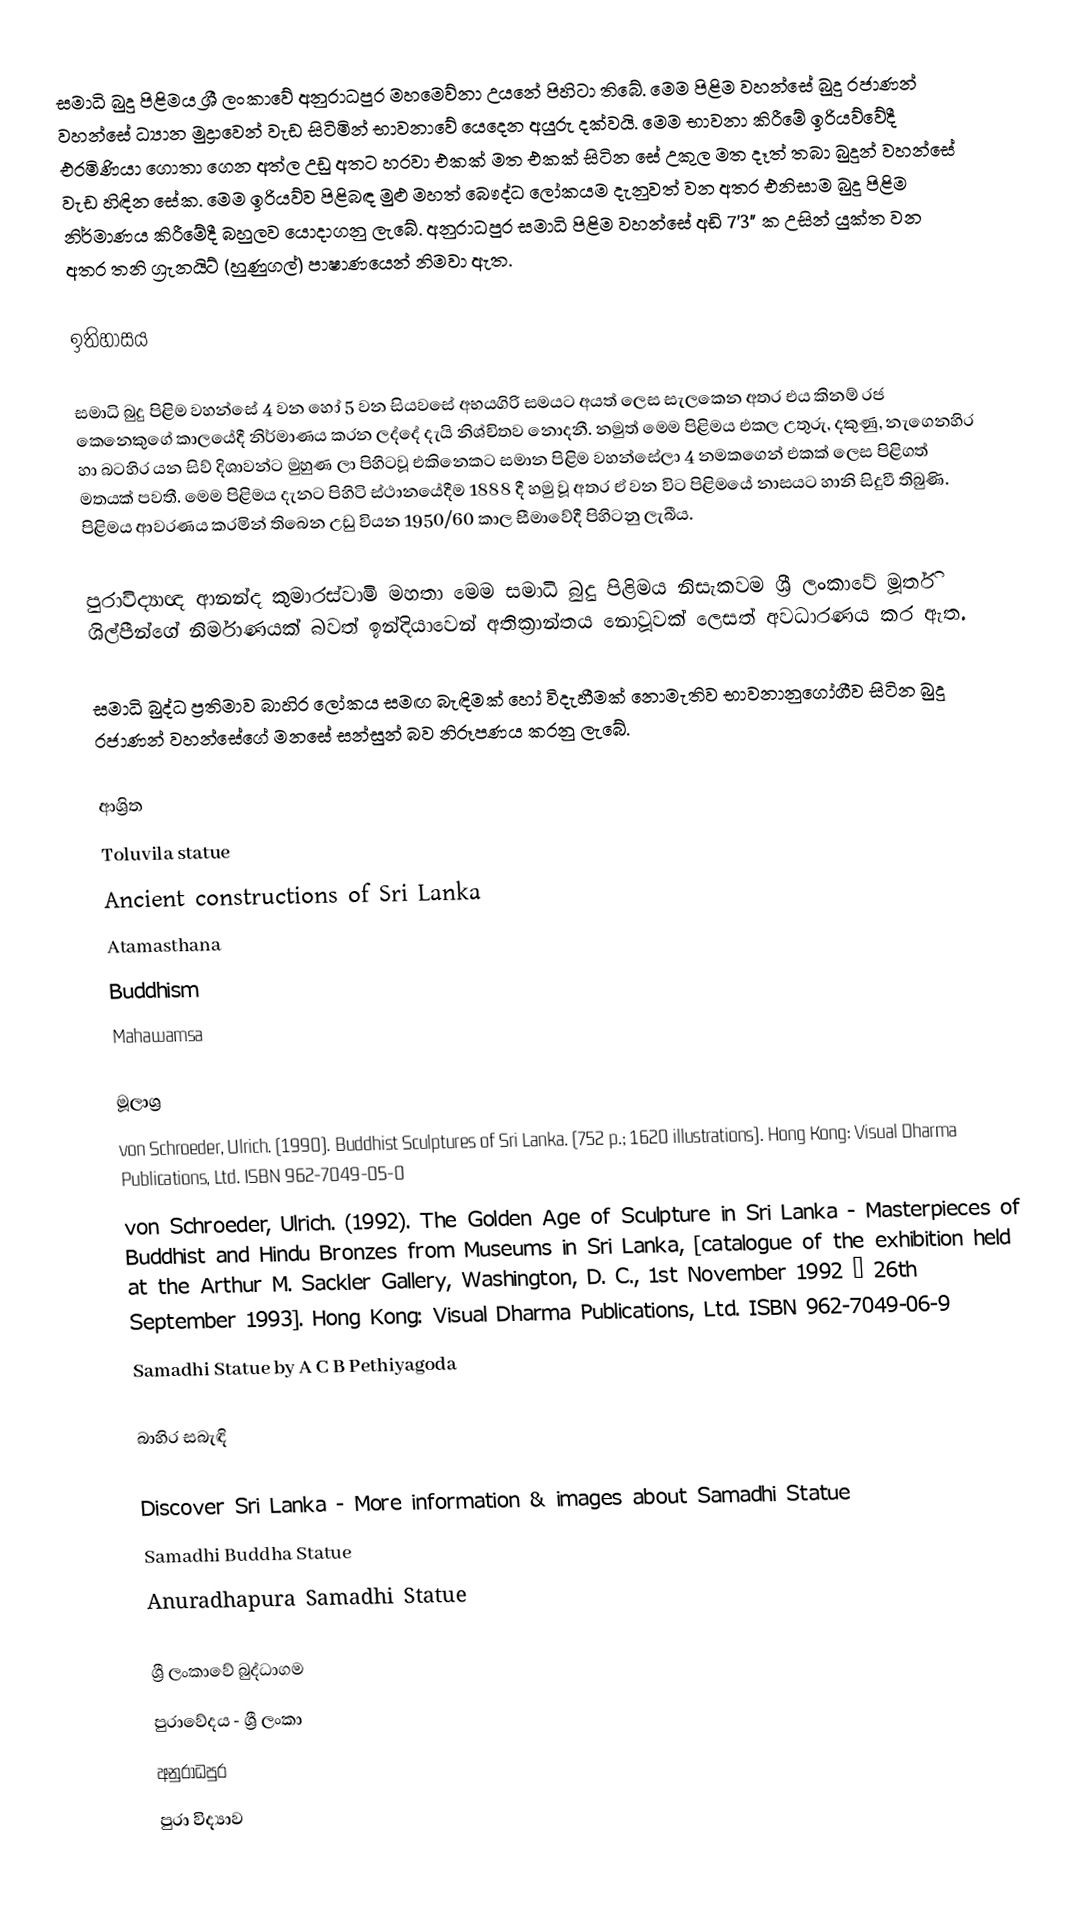
සමාධි බුදු පිළිමය ශ්‍රී ලංකාවේ අනුරාධපුර මහමෙව්නා උයනේ පිහිටා තිබේ. මෙම පිළිම වහන්සේ බුදු රජාණන් වහන්සේ ධ්‍යාන මුද්‍රාවෙන් වැඩ සිටිමින් භාවනාවේ යෙදෙන අයුරු දක්වයි. මෙම භාවනා කිරීමේ ඉරියව්වේදී එරමිණියා ගොතා ගෙන අත්ල උඩු අතට හරවා එකක් මත එකක් සිටින සේ උකුල මත දෑත් තබා බුදුන් වහන්සේ වැඩ හිඳින සේක. මෙම ඉරියව්ව පිළිබඳ මුළු මහත් බෞද්ධ ලෝකයම දැනුවත් වන අතර එනිසාම බුදු පිළිම නිර්මාණය කිරීමේදී බහුලව යොදාගනු ලැබේ. අනුරාධපුර සමාධි පිළිම වහන්සේ අඩි 7'3" ක උසින් යුක්ත වන අතර තනි ග්‍රැනයිට් (හුණුගල්) පාෂාණයෙන් නිමවා ඇත.

ඉතිහාසය

සමාධි බුදු පිළිම වහන්සේ 4 වන හෝ 5 වන සියවසේ අභයගිරි සමයට අයත් ලෙස සැලකෙන අතර එය කිනම් රජ කෙනෙකුගේ කාලයේදී නිර්මාණය කරන ලද්දේ දැයි නිශ්චිතව නොදනී. නමුත් මෙම පිළිමය එකල උතුරු, දකුණු, නැගෙනහිර හා බටහිර යන සිව් දිශාවන්ට මුහුණ ලා පිහිටවූ එකිනෙකට සමාන පිළිම වහන්සේලා 4 නමකගෙන් එකක් ලෙස පිළිගත් මතයක් පවතී. මෙම පිළිමය දැනට පිහිටි ස්ථානයේදීම 1888 දී හමු වූ අතර ඒ වන විට පිළිමයේ නාසයට හානි සිදුවී තිබුණි. පිළිමය ආවරණය කරමින් තිබෙන උඩු වියන 1950/60 කාල සීමාවේදී පිහිටනු ලැබීය.

පුරාවිද්‍යාඥ ආනන්ද කුමාරස්වාමි මහතා මෙම සමාධි බුදු පිළිමය නිසැකවම ශ්‍රී ලංකාවේ මූර්ති ශිල්පීන්ගේ නිර්මාණයක් බවත් ඉන්දියාවෙන් අතික්‍රාන්තය නොවූවක් ලෙසත් අවධාරණය කර ඇත.

සමාධි බුද්ධ ප්‍රතිමාව බාහිර ලෝකය සමඟ බැඳිමක් හෝ විදැහීමක් නොමැතිව භාවනානුගෝගීව සිටින බුදු රජාණන් වහන්සේගේ මනසේ සන්සුන් බව නිරූපණය කරනු ලැබේ.

ආශ්‍රිත
 Toluvila statue
 Ancient constructions of Sri Lanka
 Atamasthana
 Buddhism
 Mahawamsa

මූලාශ්‍ර
von Schroeder, Ulrich. (1990). Buddhist Sculptures of Sri Lanka. (752 p.; 1620 illustrations). Hong Kong: Visual Dharma Publications, Ltd. ISBN 962-7049-05-0
von Schroeder, Ulrich. (1992). The Golden Age of Sculpture in Sri Lanka - Masterpieces of Buddhist and Hindu Bronzes from Museums in Sri Lanka, [catalogue of the exhibition held at the Arthur M. Sackler Gallery, Washington, D. C., 1st November 1992 – 26th September 1993]. Hong Kong: Visual Dharma Publications, Ltd. ISBN 962-7049-06-9
 Samadhi Statue by A C B Pethiyagoda

බාහිර සබැඳි

Discover Sri Lanka - More information & images about Samadhi Statue
Samadhi Buddha Statue
 Anuradhapura Samadhi Statue

ශ්‍රී ලංකාවේ බුද්ධාගම
පුරාවේදය - ශ්‍රී ලංකා
අනුරාධපුර
පුරා විද්‍යාව